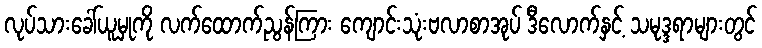
လုပ်သားခေါ်ယူမှုကို လက်ထောက်ညွန်ကြား ကျောင်းသုံးဗလာစာအုပ် ဒီလောက်နှင့် သမုဒ္ဒရာများတွင်